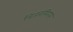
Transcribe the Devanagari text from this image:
बिडरमियर